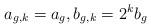
LaTeX: \begin{align*}a_{g,k}=a_{g},b_{g,k}=2^{k}b_{g}\end{align*}